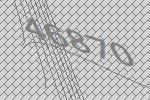
46870